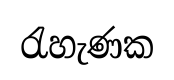
රැහැණක